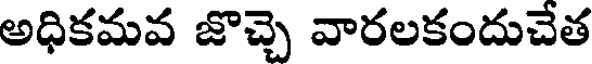
అధికమవ జొచ్చె వారలకందుచేత